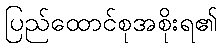
ပြည်ထောင်စုအစိုးရ၏